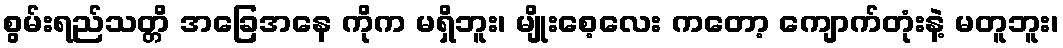
စွမ်းရည်သတ္တိ အခြေအနေ ကိုက မရှိဘူး၊ မျိုးစေ့လေး ကတော့ ကျောက်တုံးနဲ့ မတူဘူး၊